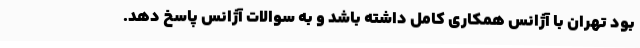
بود تهران با آژانس همکاری کامل داشته باشد و به سوالات آژانس پاسخ دهد.